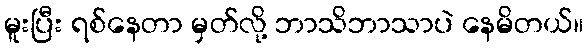
မူးပြီး ရစ်နေတာ မှတ်လို့ ဘာသိဘာသာပဲ နေမိတယ်။